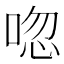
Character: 唿